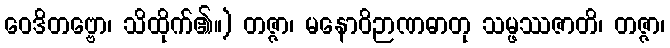
ဝေဒိတဗ္ဗော၊ သိထိုက်၏။) တဇ္ဇာ၊ မနောဝိဉာဏဓာတု သမ္ဖဿဇာတိ၊ တဇ္ဇာ၊